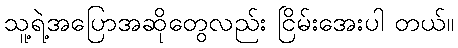
သူ့ရဲ့အပြောအဆိုတွေလည်း ငြိမ်းအေးပါ တယ်။